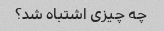
چه چیزی اشتباه شد؟